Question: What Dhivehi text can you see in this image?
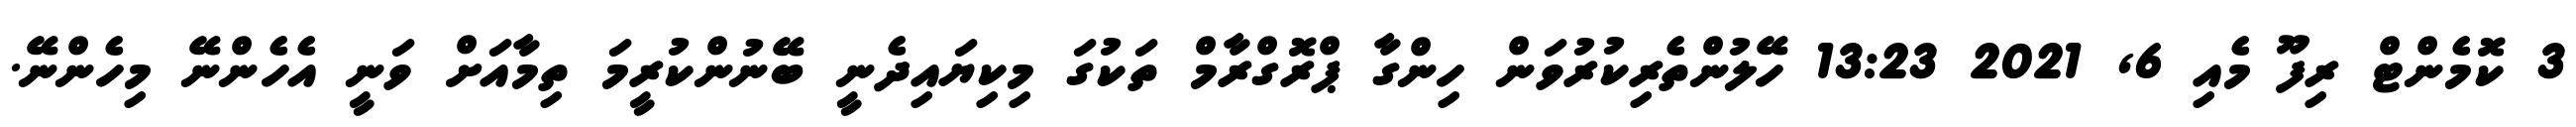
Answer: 3 ކޮމެންޓް ރިފޫ މެއި 6, 2021 13:23 ހޭލުންތެރިކުރުވަން ހިންގާ ޕްރޮގްރާމް ތަކުގަ މިކިޔައިދެނީ ބޭނުންކުރީމަ ތިމާއަށް ވަނީ އެހެންނޭ މިހެންނޭ.